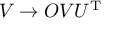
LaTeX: { \cal { V } } \rightarrow { \cal { O } } { \cal { V } } U ^ { \mathrm { T } }